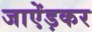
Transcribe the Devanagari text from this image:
जाऐंड़कर